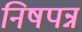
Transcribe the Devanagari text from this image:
निषपन्न